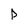
Character: P